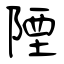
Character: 陻